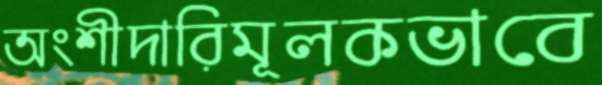
অংশীদারিমূলকভাবে